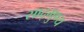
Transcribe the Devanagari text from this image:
साद्गुण्य